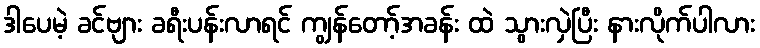
ဒါပေမဲ့ ခင်ဗျား ခရီးပန်းလာရင် ကျွန်တော့်အခန်း ထဲ သွားလှဲပြီး နားလိုက်ပါလား